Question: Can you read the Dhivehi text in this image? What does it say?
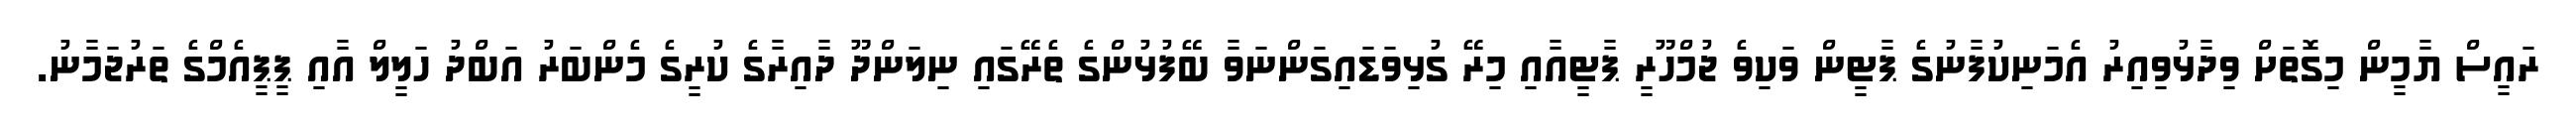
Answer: ރައީސް ޔާމީން މިގޮތަށް ވިދާޅުވިއިރު އެމަނިކުފާނުގެ ޕާޓީން ވަކިވެ ޖުމްހޫރީ ޕާޓީއާއި މިރޭ ގުޅިވަޑައިގަންނަވާ ބޭފުޅުންގެ ތެރޭގައި ނިލަންދޫ ދާއިރާގެ ކުރީގެ މެންބަރު އަބްދު ހަލީލް އާއި ޕީޕީއެމްގެ ތަރުޖަމާނު.